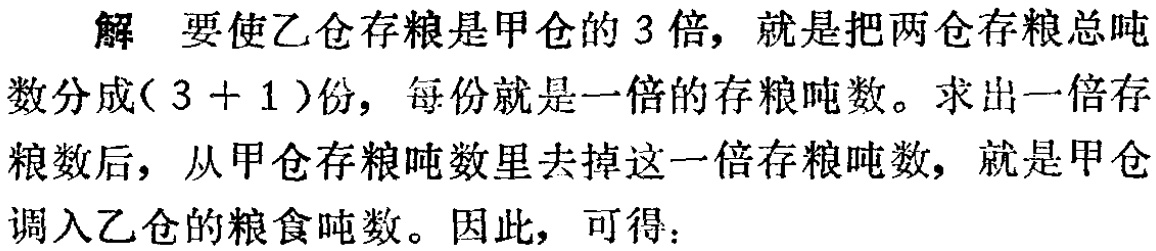
解 要使乙仓存粮是甲仓的 3 倍，就是把两仓存粮总吨数分成\((3 + 1)\)份，每份就是一倍的存粮吨数。求出一倍存粮数后，从甲仓存粮吨数里去掉这一倍存粮吨数，就是甲仓调入乙仓的粮食吨数。因此，可得：